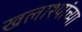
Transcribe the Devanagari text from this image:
खलाश्यांच्या